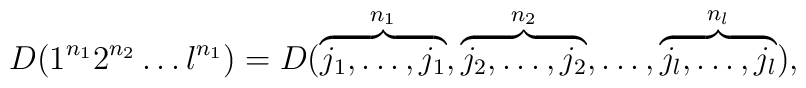
D(1^{n_1} 2^{n_2} \ldots l^{n_1}) =     D(\overbrace{j_1, \ldots, j_1}^{n_1},         \overbrace{j_2, \ldots, j_2}^{n_2}, \ldots,         \overbrace{j_l, \ldots, j_l}^{n_l}),